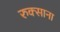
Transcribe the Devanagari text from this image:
रुक्साना